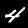
Label: 4